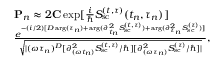
\begin{array} { r l } & { { \bf P } _ { n } \approx 2 { \bf C } \exp [ { \frac { i } { \hbar } S _ { \mathrm { s c } } ^ { ( t , \tau ) } ( t _ { n } , \tau _ { n } ) } ] } \\ & { \frac { e ^ { - ( i / 2 ) [ D \arg ( \tau _ { n } ) + \arg ( { \partial _ { t _ { n } } ^ { 2 } S _ { \mathrm { s c } } ^ { ( t , \tau ) } } ) + \arg ( { \partial _ { \tau _ { n } } ^ { 2 } S _ { \mathrm { s c } } ^ { ( \tau ) } } ) ] } } { \sqrt { | ( \omega \tau _ { n } ) ^ { D } [ { \partial _ { ( \omega t _ { n } ) } ^ { 2 } S _ { \mathrm { s c } } ^ { ( t , \tau ) } } / \hbar ] [ { \partial _ { ( \omega \tau _ { n } ) } ^ { 2 } S _ { \mathrm { s c } } ^ { ( \tau ) } } / \hbar ] | } } , } \end{array}